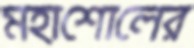
মহাশোলের